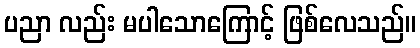
ပညာ လည်း မပါသောကြောင့် ဖြစ်လေသည်။